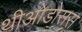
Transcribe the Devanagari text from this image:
थीओडोसस